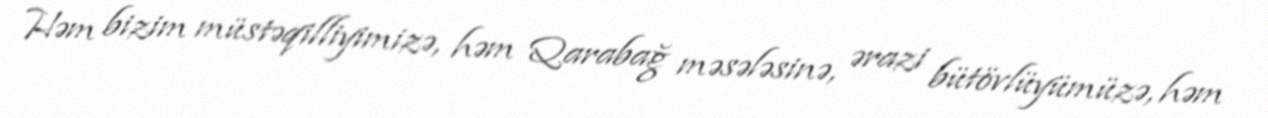
Həm bizim müstəqilliyimizə, həm Qarabağ məsələsinə, ərazi bütövlüyümüzə, həm